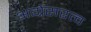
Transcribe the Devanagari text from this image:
अग्रेसरत्व